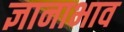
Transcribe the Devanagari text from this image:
ज्ञानाभाव